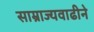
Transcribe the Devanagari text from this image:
साम्राज्यवाढीने